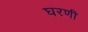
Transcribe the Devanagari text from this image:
घरणी